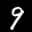
Label: 9